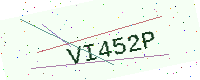
Text: VI452P